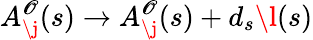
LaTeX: A_{\j}^{\mathscr{O}}(s)\rightarrow A_{\j}^{\mathscr{O}}(s)+d_{s}\l(s)